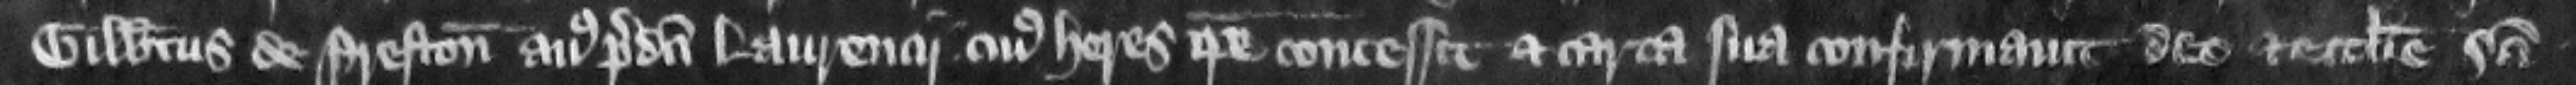
Gilbertus de Preston auus predicti Laurencii cuius heres ipse est concessit et carta sua confirmauit Deo et ecclesie Sancti